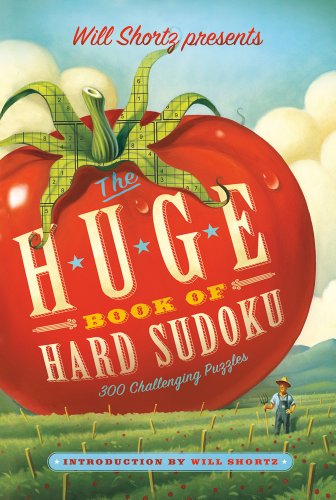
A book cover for Will Shortz Presents The Huge Book of Hard Sudoku: 300 Challenging Puzzles; Humor & Entertainment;